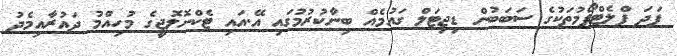
ފަދަ ޕްލެޓްފޯމުތަކުގެ ސަބަބުން ޑިޖިޓަލް ގައުމެއް ބިނާކުރުމުގައި އޭ.އައި ޓެކްނޮލޮޖީގެ މުހިއްމު ދައުރާއިމެދު